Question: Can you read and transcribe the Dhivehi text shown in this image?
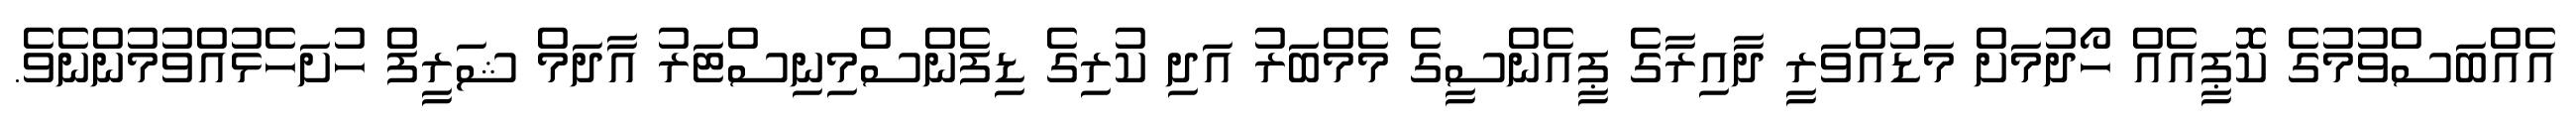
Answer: އެއްބަސްވުމުގެ ކޮޕީއެއް ހޯދުމަށް މަޑުއްވަރީ ދާއިރާގެ ޕީއެންސީގެ މެމްބަރު އަދި ކުރިގެ ޑިފެންސްމިނިސްޓަރު އާދަމް ޝަރީފް ހުށަހެޅުއްވުމުންނެވެ.